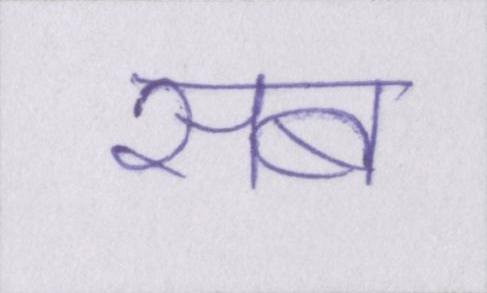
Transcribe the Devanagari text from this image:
सब